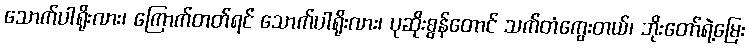
သောက်ပါရိုးလား၊ ကြောက်တတ်ရင် သောက်ပါရိုးလား၊ ပုဆိုးစွန်တောင် သက်တံကွေးတယ်၊ ဘိုးတော်ရဲ့မြေး